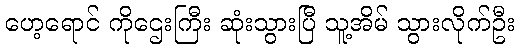
ဟေ့ရောင် ကိုဌေးကြီး ဆုံးသွားပြီ သူ့အိမ် သွားလိုက်ဦး